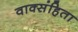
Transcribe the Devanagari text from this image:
वाक्संहिता